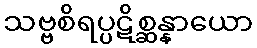
သဗ္ဗစိရပ္ပဋိစ္ဆန္နာယော